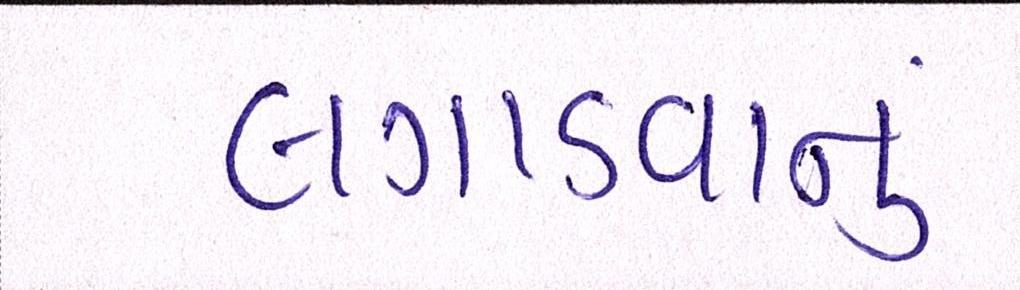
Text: લગાડવાનું